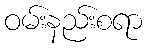
ဝမ်းနည်းစရာ